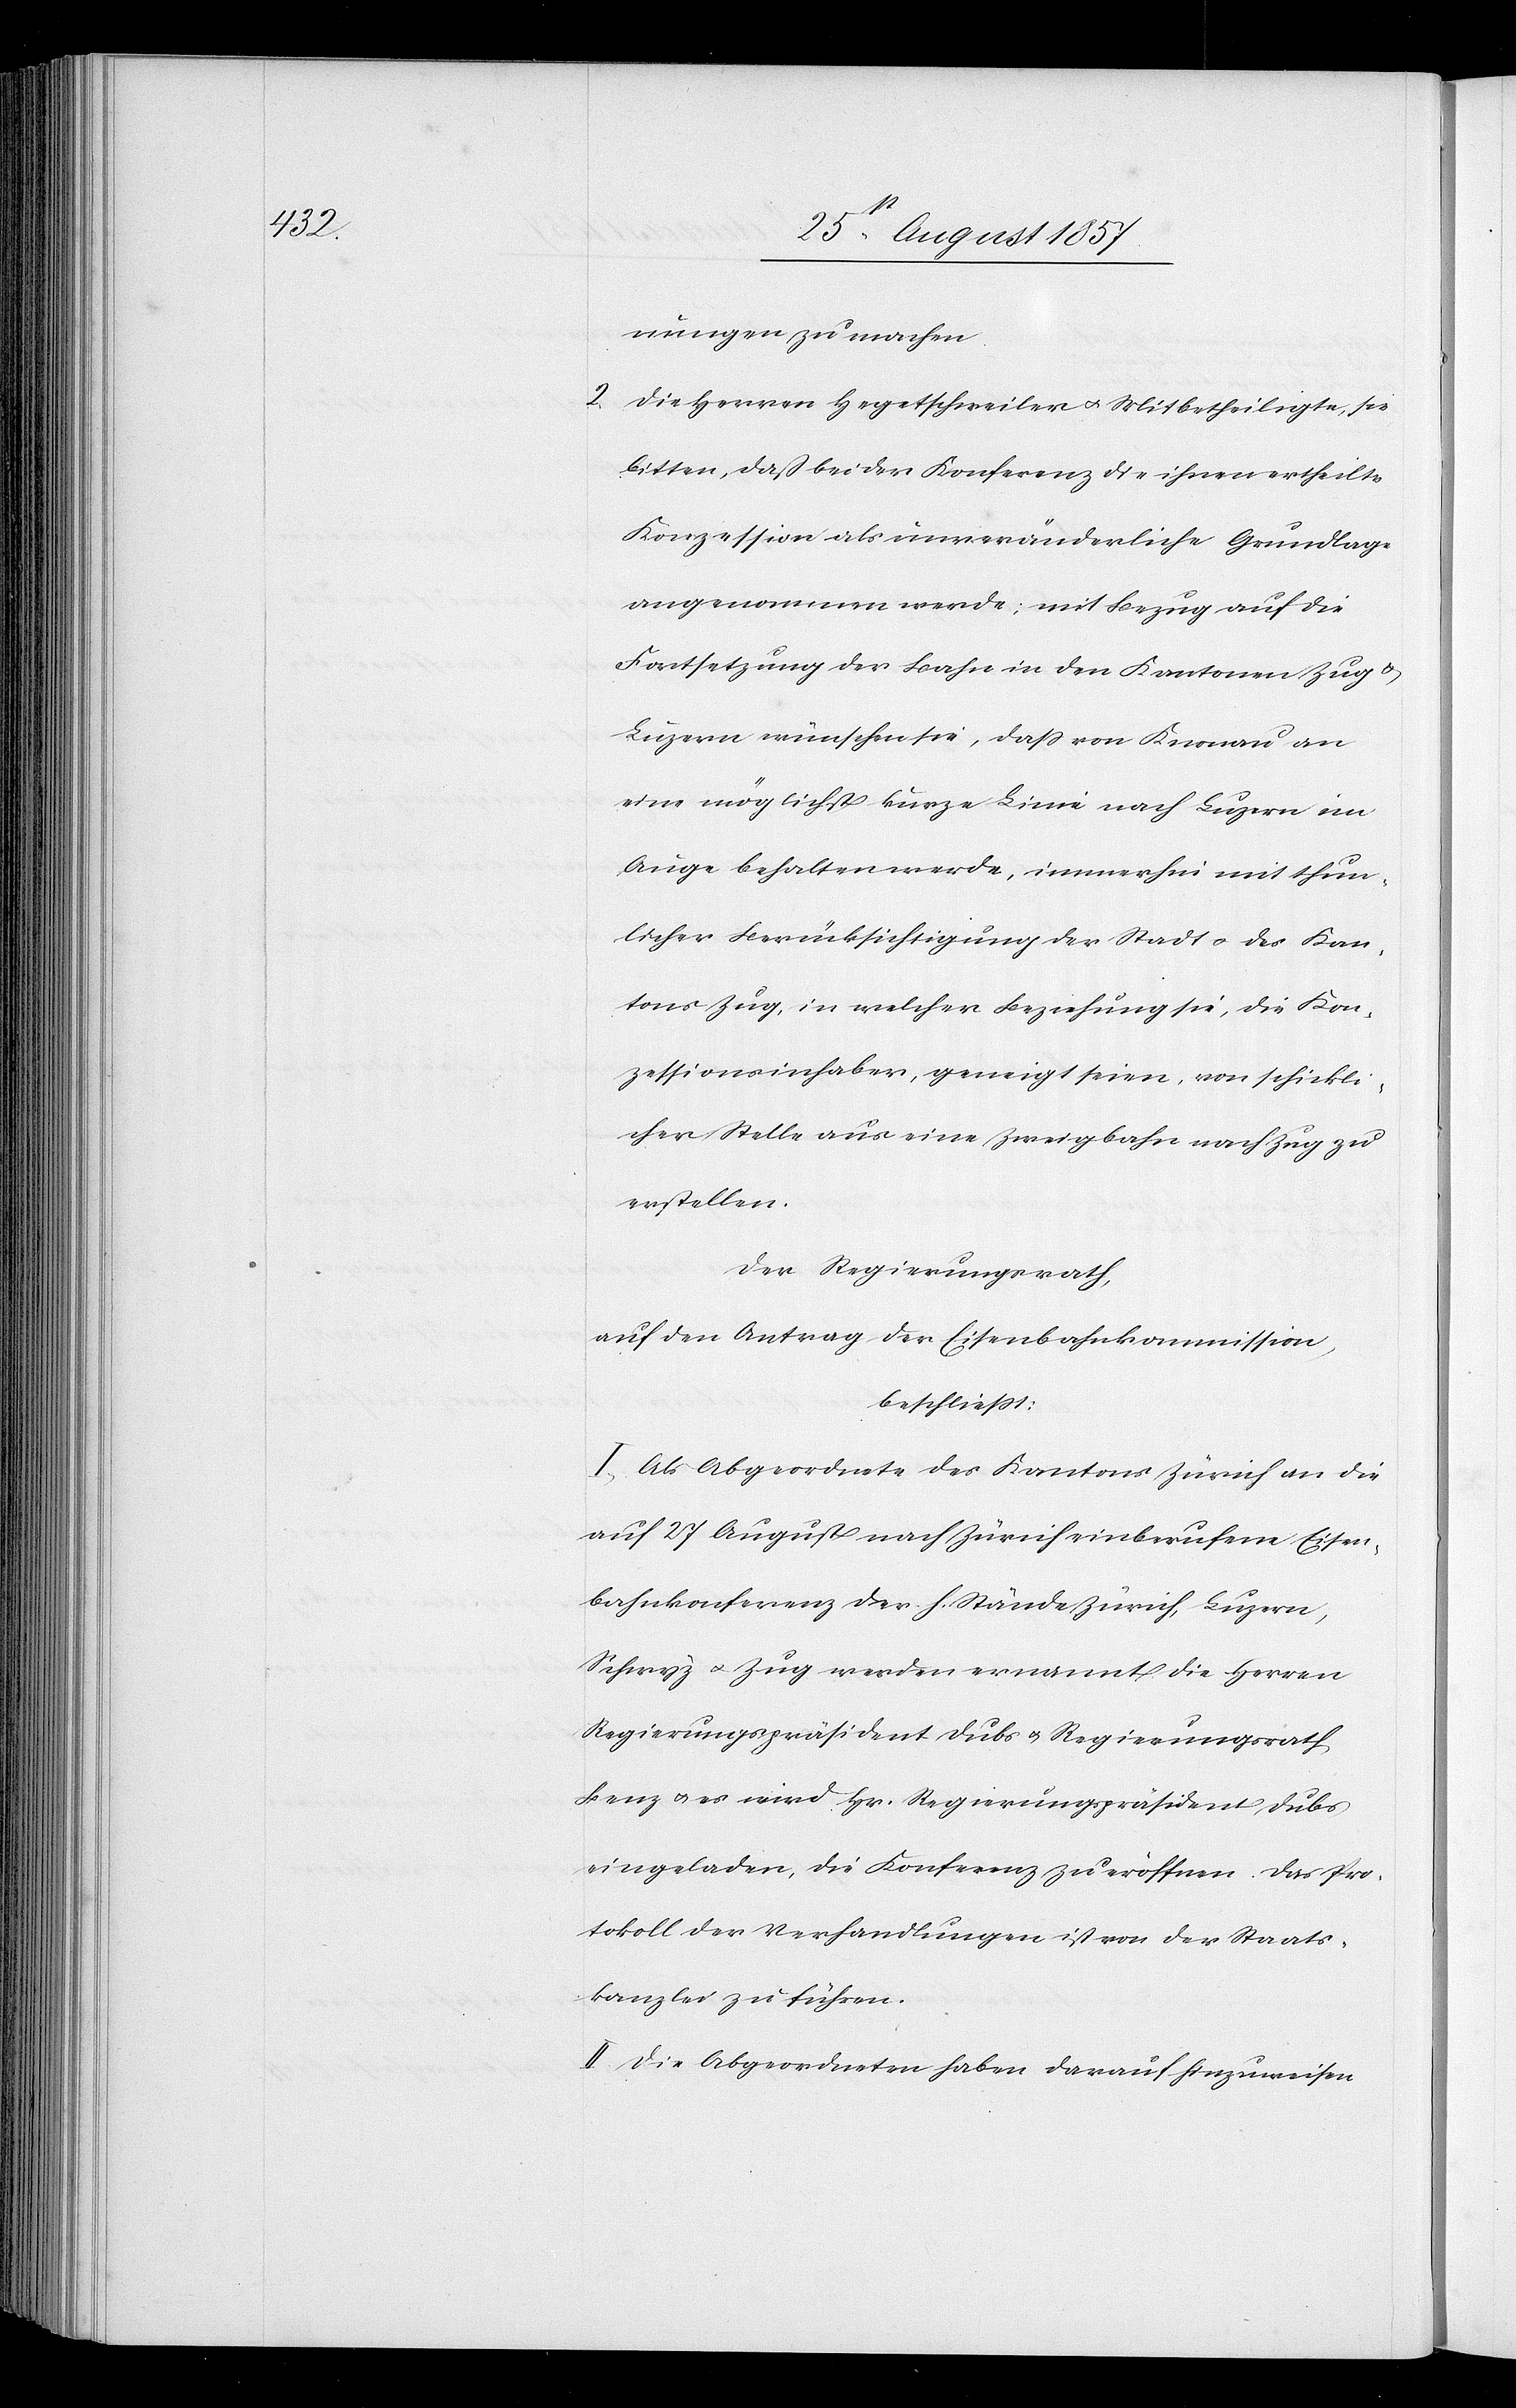
nungen zu machen.
2., Die Herren Hegetschweiler & Mitbetheiligte, sie
bitten, daß bei der Konferenz die ihnen ertheilte
Konzession als unveränderliche Grundlage
angenommen werde; mit Bezug auf die
Fortsetzung der Bahn in den Kantonen Zug &
Luzern wünschen sie, daß von Knonau an
eine möglichst kurze Linie nach Luzern im
Auge behalten werde, immerhin mit thun¬
licher Berücksichtigung der Stadt & des Kan¬
tons Zug, in welcher Beziehung sie, die Kon¬
zessionsinhaber, geneigt seien, von schickli¬
cher Stelle aus eine Zweigbahn nach Zug zu
erstellen.
Der Regierungsrath,
auf den Antrag der Eisenbahnkommission,
beschließt:
I. Als Abgeordnete des Kantons Zürich an die
auf 27 August nach Zürich einberufenen Eisen¬
bahnkonferenz der h. Stände Zürich, Luzern,
Schwyz & Zug werden ernannt die Herren
Regierungspräsident Dubs & Regierungsrath
Benz & es wird Hr. Regierungspräsident Dubs
eingeladen, die Konferenz zu eröffnen. Das Pro¬
tokoll der Verhandlungen ist von der Staats¬
kanzlei zu führen.
II. Die Abgeordneten haben darauf hinzuweisen